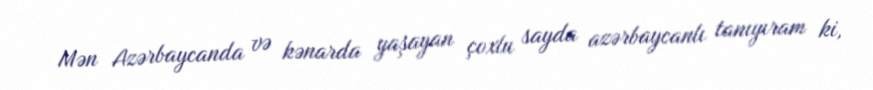
Mən Azərbaycanda və kənarda yaşayan çoxlu sayda azərbaycanlı tanıyıram ki,